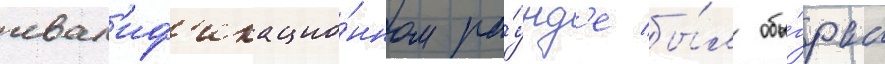
квал'иф'икацио́нном ра́унд'е бы́л обы́гран